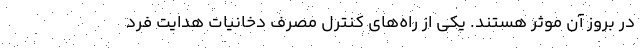
در بروز آن موثر هستند. یکی از راه‌های کنترل مصرف دخانیات هدایت فرد